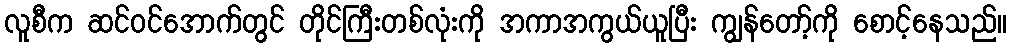
လူစီက ဆင်ဝင်အောက်တွင် တိုင်ကြီးတစ်လုံးကို အကာအကွယ်ယူပြီး ကျွန်တော့်ကို စောင့်နေသည်။